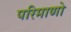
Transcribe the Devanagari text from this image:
परिमाणो